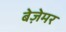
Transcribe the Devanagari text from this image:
बेज़ेमर